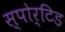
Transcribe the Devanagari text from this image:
स्पोर्टिड